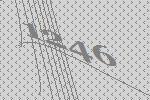
1246